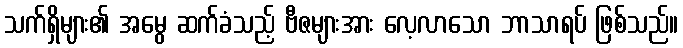
သက်ရှိများ၏ အမွေ ဆက်ခံသည့် ဗီဇများအား လေ့လာသော ဘာသာရပ် ဖြစ်သည်။